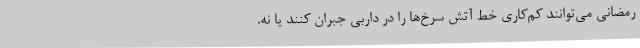
رمضانی می‌توانند کم‌کاری خط آتش سرخ‌ها را در داربی جبران کنند یا نه.